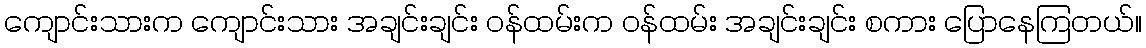
ကျောင်းသားက ကျောင်းသား အချင်းချင်း ဝန်ထမ်းက ဝန်ထမ်း အချင်းချင်း စကား ပြောနေကြတယ်။